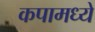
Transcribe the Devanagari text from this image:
कपामध्ये